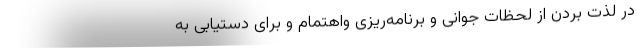
در لذت بردن از لحظات جوانی و برنامه‌ریزی واهتمام و برای دستیابی به